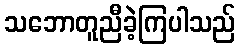
သဘောတူညီခဲ့ကြပါသည်